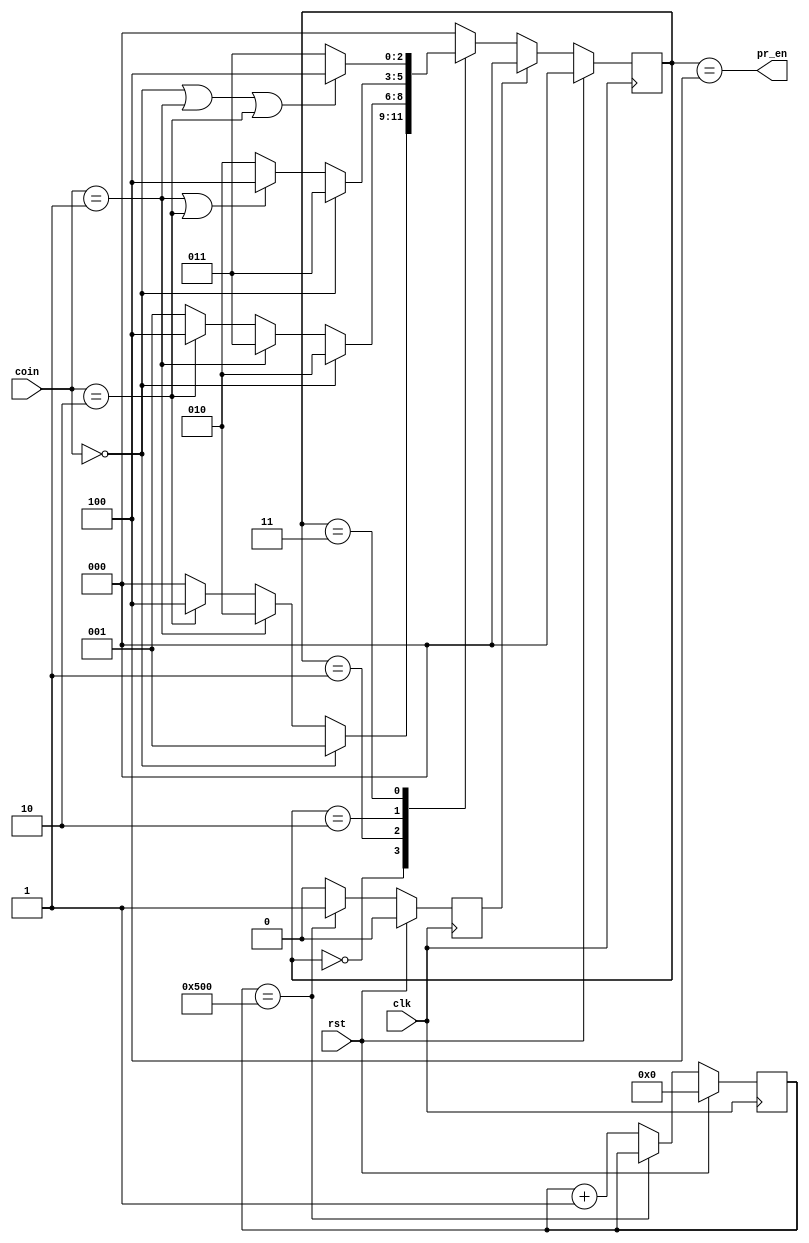
module vending_fsm(clk,rst,coin,pr_en);

input clk,rst;
input [1:0] coin;
output pr_en;
reg [10:0] counter;
reg time_out;      

parameter s0=3'b000,
          s25=3'b001,
          s50=3'b010,
          s75=3'b011,
          s100=3'b100;
          
reg [2:0] present_state,next_state;

//present state logic
always@(posedge clk)
begin
   if(rst)
     present_state <= s0;
else if(time_out)
     present_state <=s0;
else
    present_state <=next_state;
end

//counter logic
always@(posedge clk)
begin
   if(rst)
      begin
    counter <=0;
    time_out<=0;
      end
   else if(counter==11'b10100000000)
         time_out <=1'b1;
   else
       begin
      counter<= counter+1;
       time_out <= 1'b0;
       end
end

   
//next state logic
always@(*)
begin
     next_state= s0;
     case(present_state)

 s0:begin
       if(coin==2'b00)
           next_state=s25;
      else if(coin==2'b01)
           next_state=s50;
      else if(coin==2'b10)
            next_state=s100;
      else
          next_state=s0;
     end

s25:begin
     if(coin==2'b00)
            next_state=s50;
     else if(coin==2'b01)
            next_state=s75;
     else if(coin==2'b10)
            next_state=s100;
     else
       next_state=s25;
    end

s50: begin
     if(coin==2'b00)
        next_state=s75;
     else if((coin== 2'b01) || (coin==2'b10))
           next_state=s100;
     else
        next_state=s50;
     end

s75:begin
    if((coin==2'b00)||(coin==2'b01)||(coin==2'b10))
           next_state=s100;
     else
         next_state=s75;
     end

s100: next_state=s0;
   endcase
end

assign pr_en=(present_state==s100);

endmodule